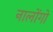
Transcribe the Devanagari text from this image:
नालोंगो